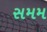
સમમ